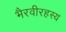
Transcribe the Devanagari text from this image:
भैरवीरहस्य